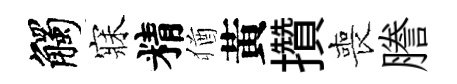
觸寐精猶黃攢喪謄